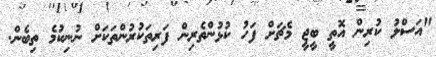
"އަސްލު ކުރިން އޮތީ ބީޖީ މެޗަށް ފަހު ކުޅުންތެރިން ފަރިތަކުރުންތަކަށް ނުނިކުމެ ތިބެން.